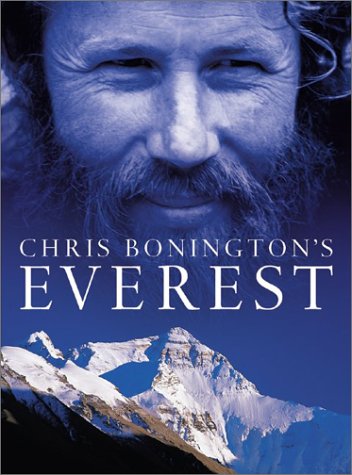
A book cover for Chris Bonington's Everest; Chris Bonington; Travel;